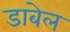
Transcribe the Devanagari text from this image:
डाबेल